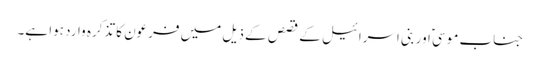
جناب موسیؑ اور بنی اسرائیل کے قصص کے ذیل میں فرعون کا تذکرہ وارد ہوا ہے۔